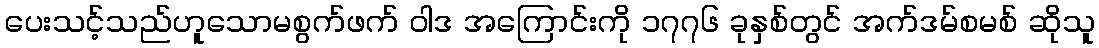
ပေးသင့်သည်ဟူသောမစွက်ဖက် ဝါဒ အကြောင်းကို ၁၇၇၆ ခုနှစ်တွင် အက်ဒမ်စမစ် ဆိုသူ